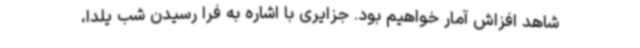
شاهد افزاش آمار خواهیم بود. جزایری با اشاره به فرا رسیدن شب یلدا،